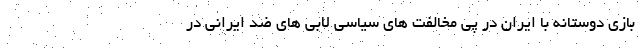
بازی دوستانه با ایران در پی مخالفت های سیاسی لابی های ضد ایرانی در